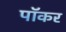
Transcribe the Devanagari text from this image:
पॉकर